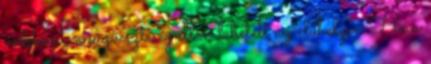
védekezik a vízveszteség ellen lehetett az élőhelyen Ha a